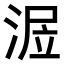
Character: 𣶅